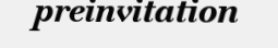
preinvitation